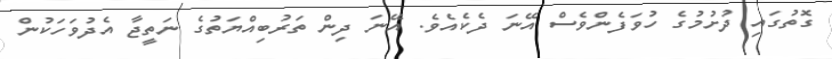
ގޮތުގައި ދުށުމުގެ ހުވަފެންވެސް އޭނަ ދެކެއެވެ. އޭނަ ދިން ތަރުބިއްޔަތުގެ ނަތީޖާ އެދުވަހަކުން